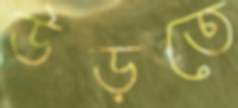
উড়তে